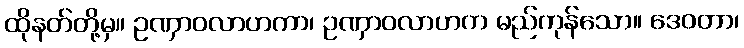
ထိုနတ်တို့မှ။ ဥဏှာဝလာဟကာ၊ ဥဏှာဝလာဟက မည်ကုန်သော။ ဒေဝတာ၊